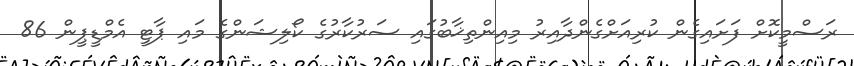
ރަސްމީކޮށް ފަށައިގެން ކުރިއަށްގެންދާއިރު މިއިންތިޚާބުގައި ސަރުކާރުގެ ކޯލިޝަންގެ މައި ޕާޓީ އެމްޑީޕީން 86